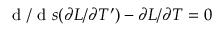
\textrm { d } / \textrm { d } s ( \partial L / \partial T ^ { \prime } ) - \partial L / \partial T = 0